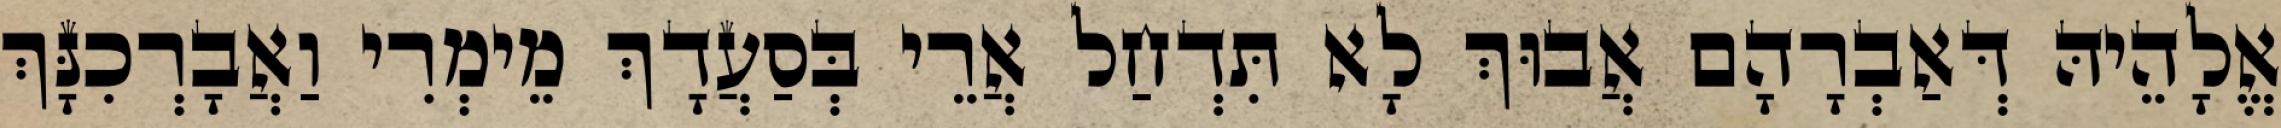
אֱלָהֵיהּ דְּאַבְרָהָם אֲבוּךְ לָא תִּדְחַל אֲרֵי בְּסַעֲדָךְ מֵימְרִי וַאֲבָרְכִנָּךְ